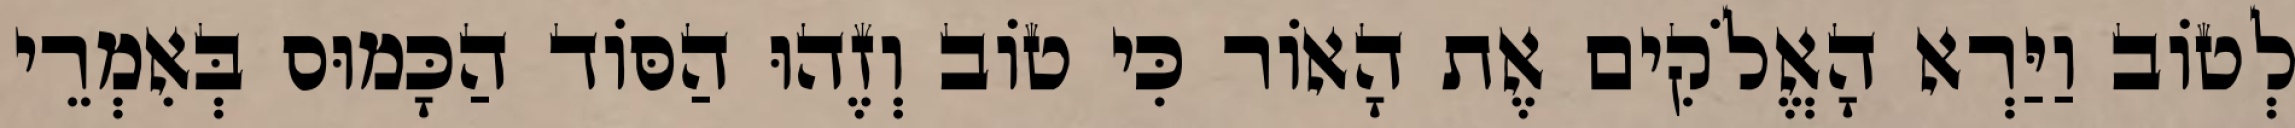
לְטוֹב וַיַּרְא הָאֱלֹקִים אֶת הָאוֹר כִּי טוֹב וְזֶהוּ הַסּוֹד הַכָּמוּס בְּאִמְרֵי